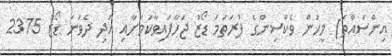
އިންސައްތަ) މީހުން ވެކްސިންގެ ފުރަތަމަ ޑޯޒު ޖަހާފައިވާކަމަށާއި އަދި ދެވަނަ ޑޯޒު 2375